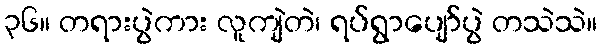
၃၆။ တရားပွဲကား လူကျဲတဲ၊ ရပ်ရွာပျော်ပွဲ တသဲသဲ။